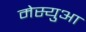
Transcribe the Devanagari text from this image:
मेस्युआ